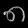
Digit: ၈